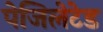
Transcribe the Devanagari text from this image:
पेजिलेटेड